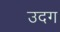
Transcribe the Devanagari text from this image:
उदग